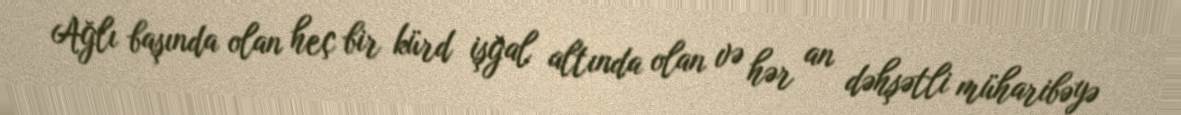
Ağlı başında olan heç bir kürd işğal altında olan və hər an dəhşətli müharibəyə